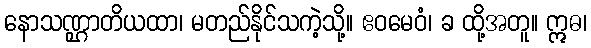
နောသဏ္ဌာတိယထာ၊ မတည်နိုင်သကဲ့သို့။ ဧဝမေဝံ၊ ခ ထို့အတူ။ ဣဓ၊